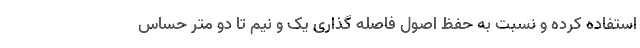
استفاده کرده و نسبت به حفظ اصول فاصله گذاری یک و نیم تا دو متر حساس